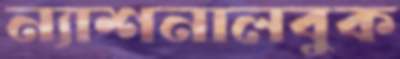
ন্যাশনালবুক